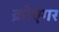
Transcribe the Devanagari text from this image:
क्रोएगर